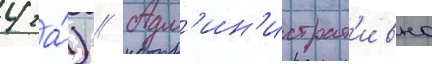
4 га́) // Адм'ин'истрат'ивно